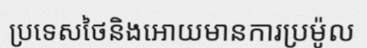
ប្រទេសថៃនិងអោយមានការប្រម៉ូល